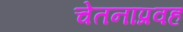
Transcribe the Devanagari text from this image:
चेतनाप्रवह